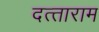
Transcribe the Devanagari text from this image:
दत्‍ताराम